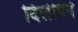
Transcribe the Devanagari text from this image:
दिलीपने